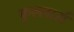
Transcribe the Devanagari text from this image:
फुल्लार्स